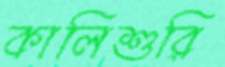
কালিশুরি